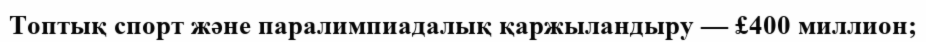
Топтық спорт және паралимпиадалық қаржыландыру — £400 миллион;